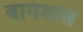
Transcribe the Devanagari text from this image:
वागंडास